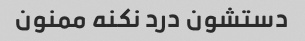
دستشون درد نکنه ممنون